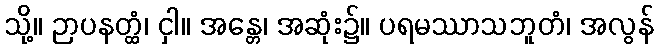
သို့။ ဉာပနတ္ထံ၊ ငှါ။ အန္တေ၊ အဆုံး၌။ ပရမဿာသဘူတံ၊ အလွန်